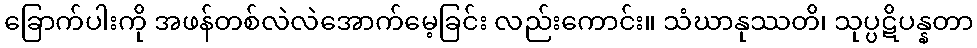
ခြောက်ပါးကို အဖန်တစ်လဲလဲအောက်မေ့ခြင်း လည်းကောင်း။ သံဃာနုဿတိ၊ သုပ္ပဋိပန္နတာ